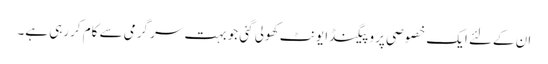
ان کےلئے ایک خصوصی پروپیگنڈا یونٹ کھولی گئی جو بہت سر گرمی سے کام کررہی ہے۔